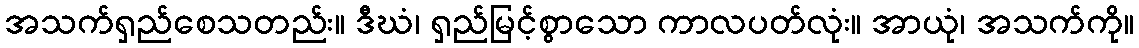
အသက်ရှည်စေသတည်း။ ဒီဃံ၊ ရှည်မြင့်စွာသော ကာလပတ်လုံး။ အာယုံ၊ အသက်ကို။